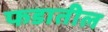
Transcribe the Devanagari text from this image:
फडातील